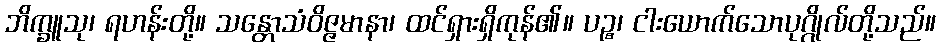
ဘိက္ခူသု၊ ရဟန်းတို့။ သန္တောသံဝိဇ္ဇမာနာ၊ ထင်ရှားရှိကုန်၏။ ပဉ္စ၊ ငါးယောက်သောပုဂ္ဂိုလ်တို့သည်။